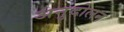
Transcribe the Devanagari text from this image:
अनुदोलन